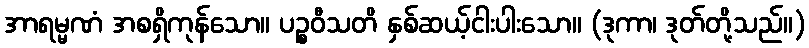
အာရမ္မဏံ အစရှိကုန်သော။ ပဉ္စဝီသတိ နှစ်ဆယ့်ငါးပါးသော။ (ဒုကာ၊ ဒုတ်တို့သည်။)